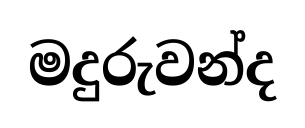
මදුරුවන්ද